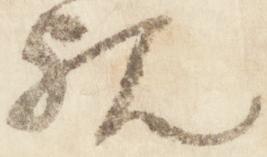
親